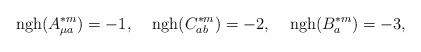
LaTeX: \begin{align*}{\rm ngh}(A^{\ast m}_{\mu a})=-1,\;\;\;\;{\rm ngh}(C^{\ast m}_{ab})=-2, \;\;\;\;{\rm ngh}(B^{\ast m}_a)=-3,\end{align*}